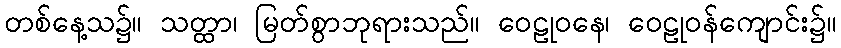
တစ်နေ့သ၌။ သတ္ထာ၊ မြတ်စွာဘုရားသည်။ ဝေဠုဝနေ၊ ဝေဠုဝန်ကျောင်း၌။